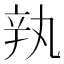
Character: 𰺥